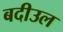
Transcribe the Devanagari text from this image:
बदीउल